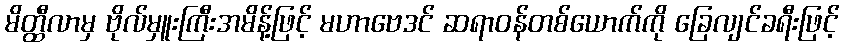
မိတ္ထီလာမှ ဗိုလ်မှူးကြီးအမိန့်ဖြင့် မဟာဗေဒင် ဆရာဝန်တစ်ယောက်ကို ခြေလျင်ခရီးဖြင့်